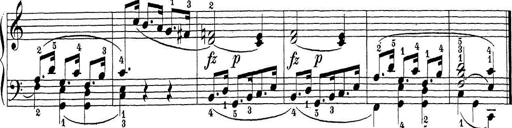
Title: Sonatina Album
Composer: Louis KÃ¶hler